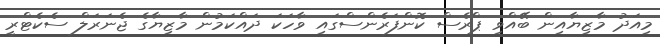
މިއަދު މާޒިޔާއިން ބޭއްވި ޕްރެސް ކޮންފަރެންސްގައި ވާހަކަ ދައްކަމުން މާޒިޔާގެ ޖެނަރަލް ސެކެޓްރީ